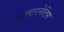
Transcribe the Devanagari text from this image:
आल्टरनेटिंग